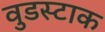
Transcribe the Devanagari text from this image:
वुडस्टाक